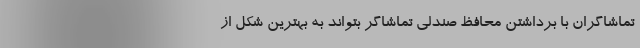
تماشاگران با برداشتن محافظ صندلی تماشاگر بتواند به بهترین شکل از